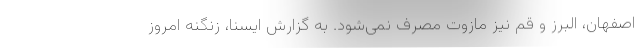
اصفهان، البرز و قم نیز مازوت مصرف نمی‌شود. به گزارش ایسنا، زنگنه امروز